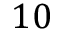
1 0